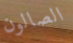
الصالون